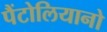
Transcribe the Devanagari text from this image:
पैंटोलियानो